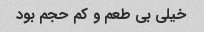
خیلی بی طعم و کم حجم بود